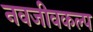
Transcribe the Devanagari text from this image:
नवजीवकल्प